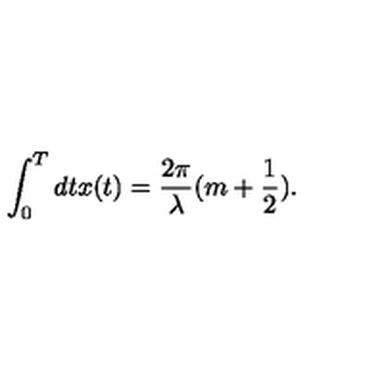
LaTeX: \int _ { 0 } ^ { T } d t x ( t ) = \frac { 2 \pi } { \lambda } ( m + \frac { 1 } { 2 } ) . \nonumber